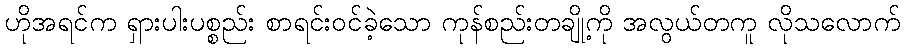
ဟိုအရင်က ရှားပါးပစ္စည်း စာရင်းဝင်ခဲ့သော ကုန်စည်းတချို့ကို အလွယ်တကူ လိုသလောက်